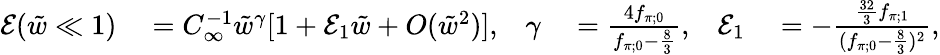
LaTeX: \begin{array}{rlrlrl}{\mathcal{E}(\tilde{w}\ll 1)}&{{}=C_{\infty}^{-1}\tilde{w}^{\gamma}[1+\mathcal{E}_{1}\tilde{w}+O(\tilde{w}^{2})],}&{\gamma}&{{}=\frac{4f_{\pi;0}}{f_{\pi;0}-\frac{8}{3}},}&{\mathcal{E}_{1}}&{{}=-\frac{\frac{32}{3}f_{\pi;1}}{(f_{\pi;0}-\frac{8}{3})^{2}},}\end{array}